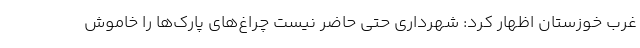
غرب خوزستان اظهار کرد: شهرداری حتی حاضر نیست چراغ‌های پارک‌ها را خاموش